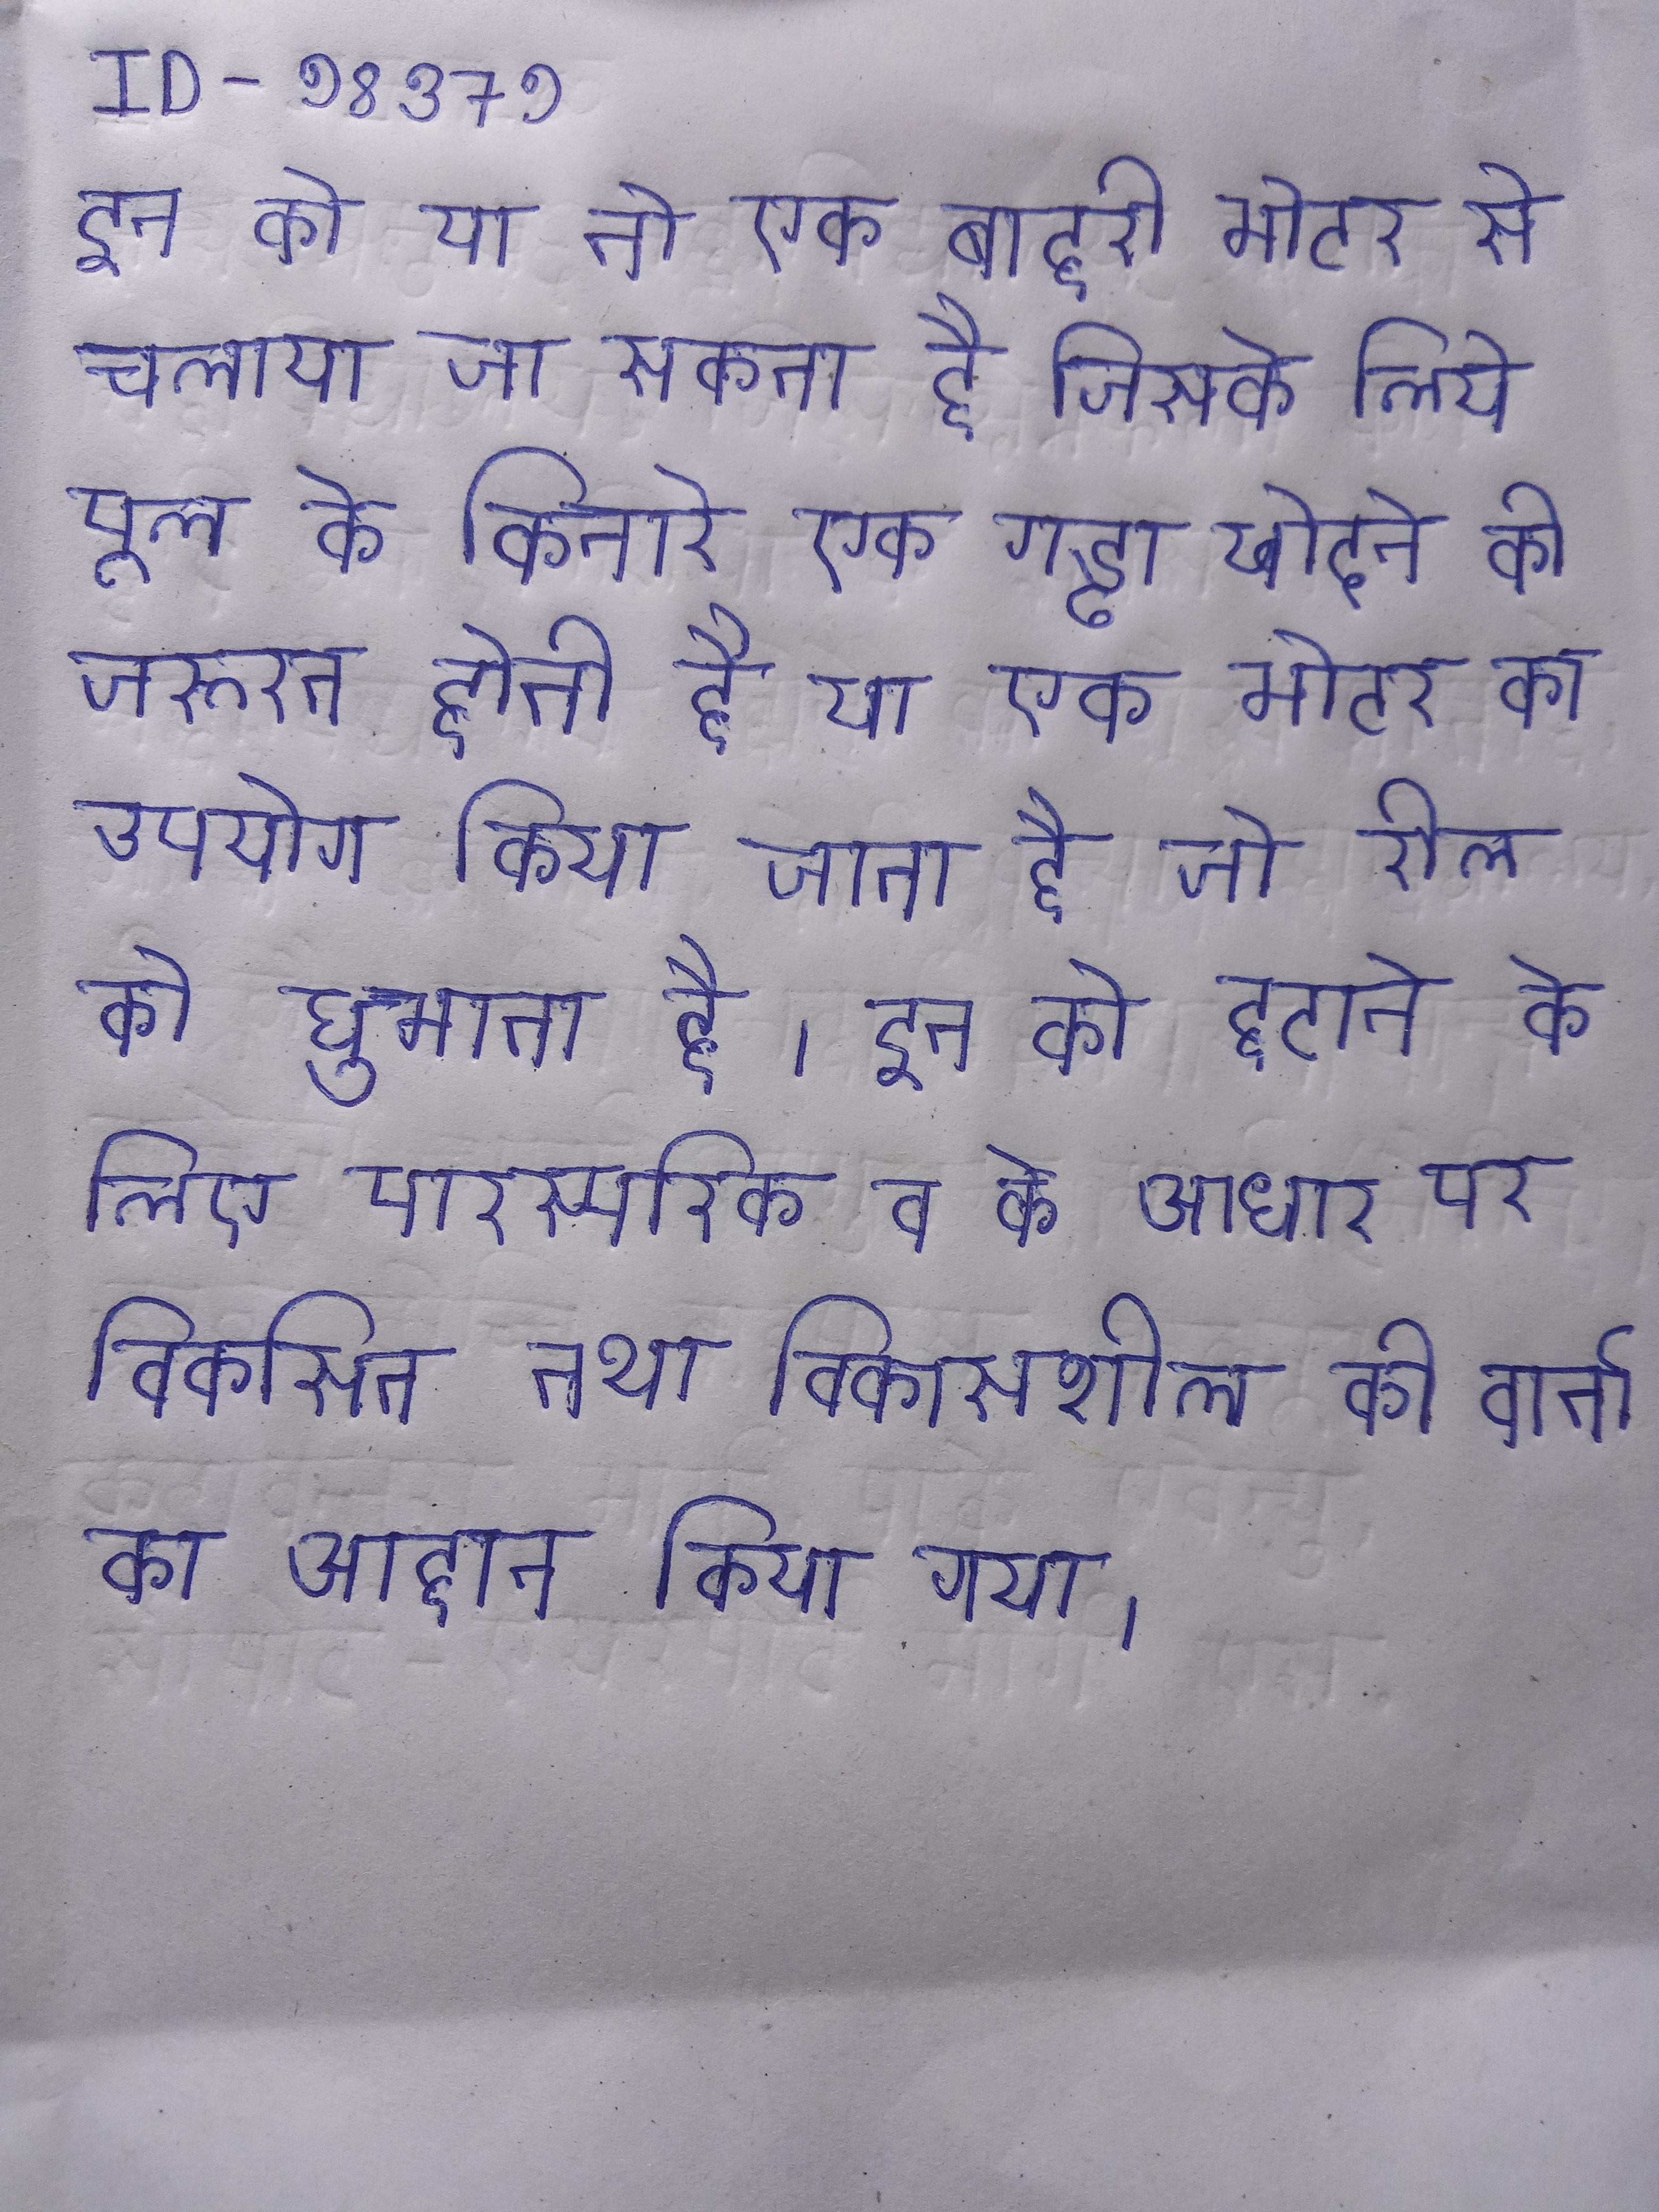
इन को या तो एक बाहरी मोटर से चलाया जा सकता है जिसके लिये पूल के किनारे एक गड्ढा खोदने की जरूरत होती है या एक मोटर का उपयोग किया जाता है जो रील को घुमाता है । इन को हटाने के लिए पारस्परिक व के आधार पर विकसित तथा विकासशील की वार्ता का आह्नान किया गया ।